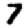
Digit: 7